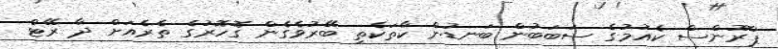
ޕްރޫންސް ކެއުމުގެ ސަބަބުން ބަނޑުން ކާތަކެތި ބޭރުވެގެން ގޮހޮރުގެ ތެރެއަށް ދާ ރޭޓް